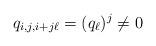
LaTeX: \begin{align*}q_{i,j,i+j\ell}=(q_{\ell})^j\neq 0\end{align*}